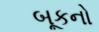
બૂકનો